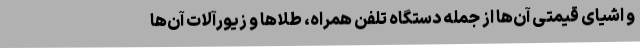
و اشیای قیمتی آن‌ها از جمله دستگاه تلفن همراه، طلاها و زیورآلات آن‌ها